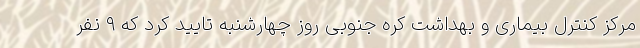
مرکز کنترل بیماری و بهداشت کره جنوبی روز چهارشنبه تایید کرد که ۹ نفر